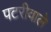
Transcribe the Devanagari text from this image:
पटरीवाले